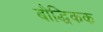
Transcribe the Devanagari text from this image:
बौद्धिकक